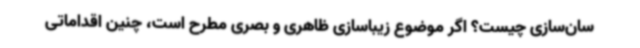
سان‌سازی چیست؟ اگر موضوع زیباسازی ظاهری و بصری مطرح است، چنین اقداماتی